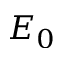
E _ { 0 }